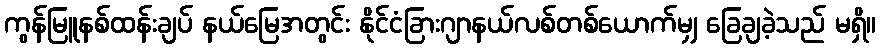
ကွန်မြူနစ်ထန်းချပ် နယ်မြေအတွင်း နိုင်ငံခြားဂျာနယ်လစ်တစ်ယောက်မျှ ခြေချခဲ့သည် မရှိ။